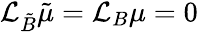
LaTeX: \mathcal{L}_{{\tilde{B}}}{\tilde{\mu}}=\mathcal{L}_{B}\mu=0